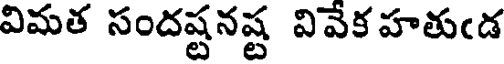
విమత సందష్టనష్ట వివేక హతుఁడ